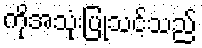
ကိုအသုံးပြုသင့်သည်